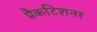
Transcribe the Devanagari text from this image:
प्रैकटिशनर